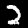
Digit: 2